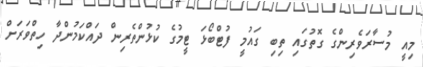
މިއީ މުސާރަވެރިންގެ ގޮތުގައި ތިބި ގައުމީ ފުޓްބޯޅަ ޓީމުގެ ކުޅުންތެރިން ދައްކަމުންދާ ހިތްވަަރަށް